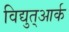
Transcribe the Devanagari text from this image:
विद्युत्आर्क